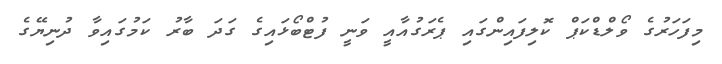
މިފަހަރުގެ ވޯލްޑްކަޕް ކޮލިފައިންގައި ޕެރަގުއާއީ ވަނީ ފުޓްބޯޅައިގެ ގަދަ ބާރު ކަމުގައިވާ ދުނިޔޭގެ